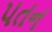
૫તન